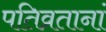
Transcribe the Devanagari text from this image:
पतिव्रतानां